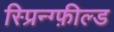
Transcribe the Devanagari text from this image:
स्प्रिन्ग्फ़ील्ड